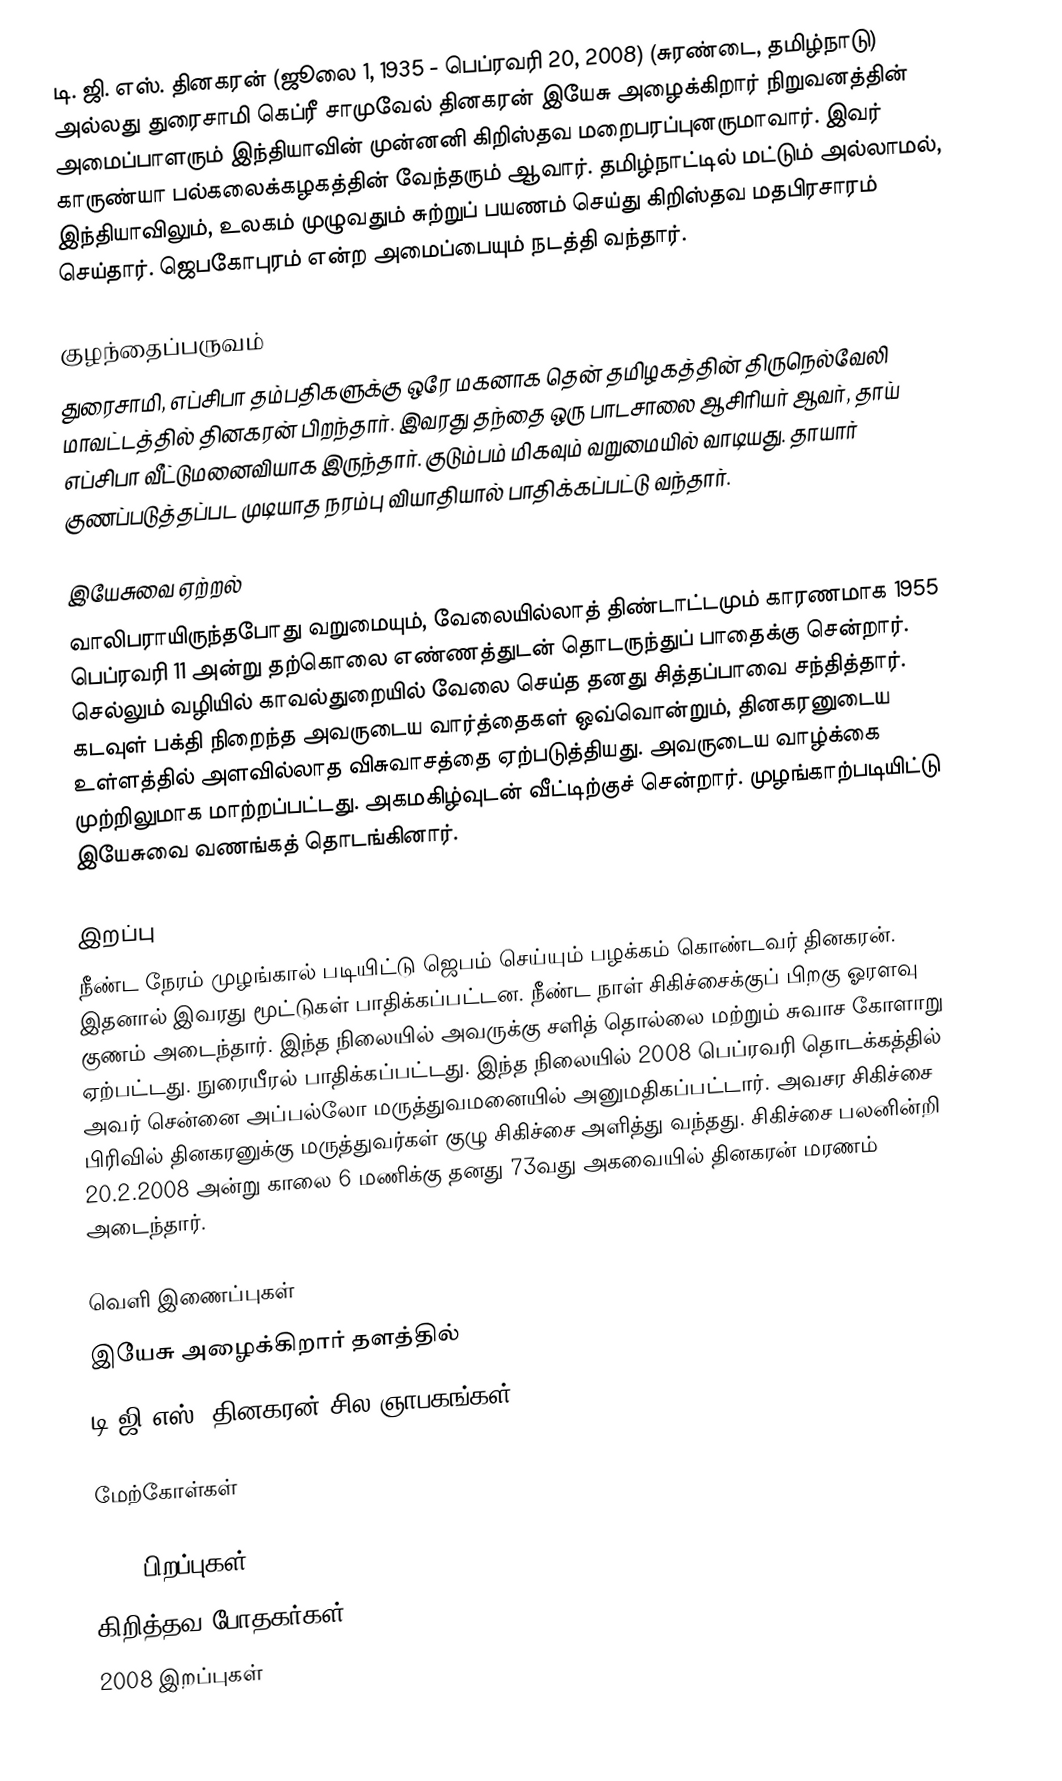
டி. ஜி. எஸ். தினகரன் (ஜூலை 1, 1935 - பெப்ரவரி 20, 2008) (சுரண்டை, தமிழ்நாடு) அல்லது துரைசாமி கெப்ரீ சாமுவேல் தினகரன்  இயேசு அழைக்கிறார் நிறுவனத்தின் அமைப்பாளரும் இந்தியாவின் முன்னனி கிறிஸ்தவ மறைபரப்புனருமாவார். இவர் காருண்யா பல்கலைக்கழகத்தின் வேந்தரும் ஆவார். தமிழ்நாட்டில் மட்டும் அல்லாமல், இந்தியாவிலும், உலகம் முழுவதும் சுற்றுப் பயணம் செய்து கிறிஸ்தவ மதபிரசாரம் செய்தார். ஜெபகோபுரம் என்ற அமைப்பையும் நடத்தி வந்தார்.

குழந்தைப்பருவம்
துரைசாமி, எப்சிபா தம்பதிகளுக்கு ஒரே மகனாக தென் தமிழகத்தின் திருநெல்வேலி மாவட்டத்தில் தினகரன் பிறந்தார். இவரது தந்தை ஒரு பாடசாலை ஆசிரியர் ஆவர், தாய் எப்சிபா வீட்டுமனைவியாக இருந்தார். குடும்பம் மிகவும் வறுமையில் வாடியது. தாயார் குணப்படுத்தப்பட முடியாத நரம்பு வியாதியால் பாதிக்கப்பட்டு வந்தார்.

இயேசுவை ஏற்றல்
வாலிபராயிருந்தபோது வறுமையும், வேலையில்லாத் திண்டாட்டமும் காரணமாக 1955 பெப்ரவரி 11  அன்று தற்கொலை எண்ணத்துடன் தொடருந்துப் பாதைக்கு சென்றார். செல்லும் வழியில் காவல்துறையில் வேலை செய்த தனது சித்தப்பாவை சந்தித்தார். கடவுள் பக்தி நிறைந்த அவருடைய வார்த்தைகள் ஒவ்வொன்றும், தினகரனுடைய உள்ளத்தில் அளவில்லாத விசுவாசத்தை ஏற்படுத்தியது. அவருடைய வாழ்க்கை முற்றிலுமாக மாற்றப்பட்டது. அகமகிழ்வுடன் வீட்டிற்குச் சென்றார். முழங்காற்படியிட்டு இயேசுவை வணங்கத் தொடங்கினார்.

இறப்பு
நீண்ட நேரம் முழங்கால் படியிட்டு ஜெபம் செய்யும் பழக்கம் கொண்டவர் தினகரன். இதனால் இவரது மூட்டுகள் பாதிக்கப்பட்டன. நீண்ட நாள் சிகிச்சைக்குப் பிறகு ஓரளவு குணம் அடைந்தார். இந்த நிலையில் அவருக்கு சளித் தொல்லை மற்றும் சுவாச கோளாறு ஏற்பட்டது. நுரையீரல் பாதிக்கப்பட்டது. இந்த நிலையில் 2008 பெப்ரவரி தொடக்கத்தில் அவர் சென்னை அப்பல்லோ மருத்துவமனையில் அனுமதிகப்பட்டார். அவசர சிகிச்சை பிரிவில் தினகரனுக்கு மருத்துவர்கள் குழு சிகிச்சை அளித்து வந்தது. சிகிச்சை பலனின்றி 20.2.2008 அன்று காலை 6 மணிக்கு தனது 73வது அகவையில் தினகரன் மரணம் அடைந்தார்.

வெளி இணைப்புகள்
  இயேசு அழைக்கிறார் தளத்தில்
டி.ஜி.எஸ். தினகரன் சில ஞாபகங்கள்

மேற்கோள்கள்

1935 பிறப்புகள்
கிறித்தவ போதகர்கள்
2008 இறப்புகள்